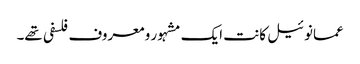
عمانوئیل کانت ایک مشہور و معروف فلسفی تھے۔